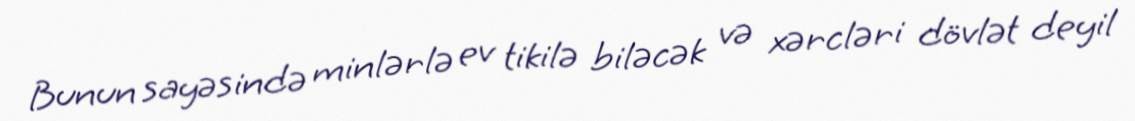
Bunun sayəsində minlərlə ev tikilə biləcək və xərcləri dövlət deyil